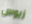
زيوس